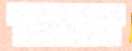
חמסו